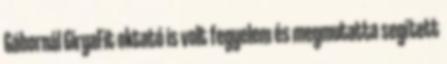
Gábornál GiryaFit oktató is volt fegyelem és megmutatta segített